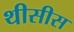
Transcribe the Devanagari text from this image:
थीसीस